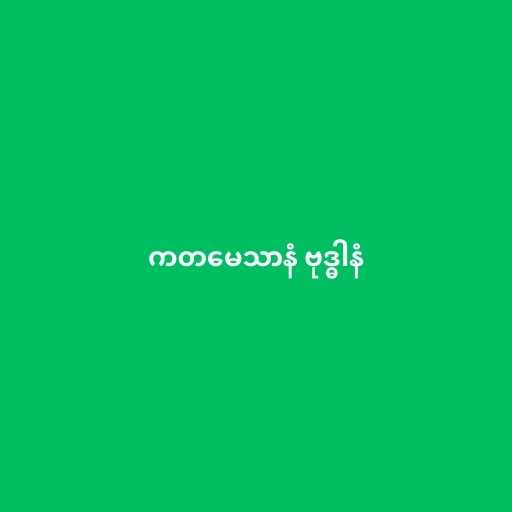
ကတမေသာနံ ဗုဒ္ဓါနံ